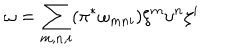
\omega = \sum _ { m , n , i } ( \pi ^ { * } \omega _ { m n i } ) \xi ^ { m } \upsilon ^ { n } \zeta ^ { i }